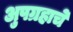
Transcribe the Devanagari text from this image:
अुपग्रहाचे